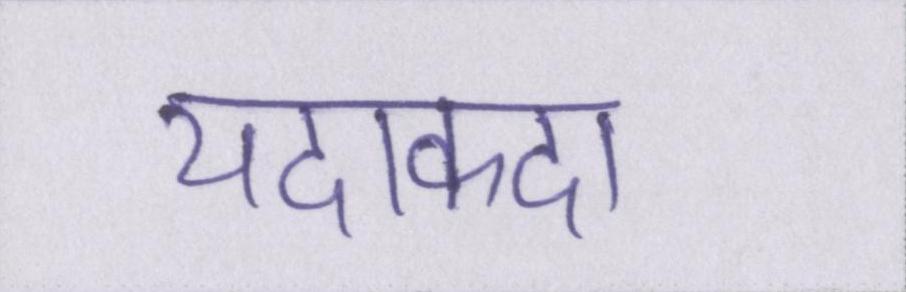
यदाकदा